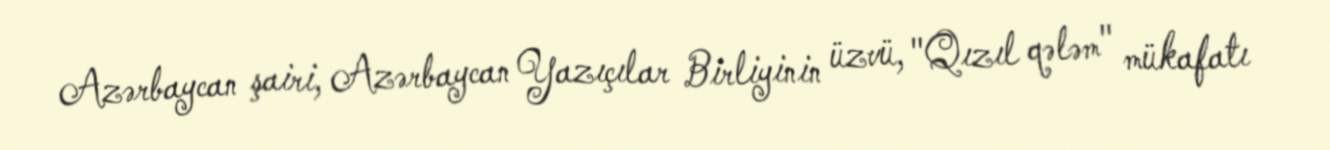
Azərbaycan şairi, Azərbaycan Yazıçılar Birliyinin üzvü, "Qızıl qələm" mükafatı